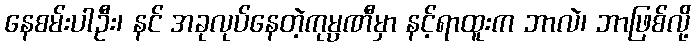
နေစမ်းပါဦး၊ နင် အခုလုပ်နေတဲ့ကုမ္ပဏီမှာ နင့်ရာထူးက ဘာလဲ၊ ဘာဖြစ်လို့